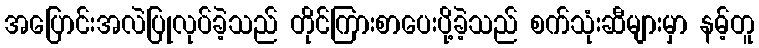
အပြောင်းအလဲပြုလုပ်ခဲ့သည် တိုင်ကြားစာပေးပို့ခဲ့သည် စက်သုံးဆီများမှာ နမ့်တူ